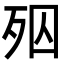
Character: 𣧝